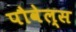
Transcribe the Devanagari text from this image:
पौवेल्स